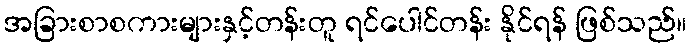
အခြားစာစကားများနှင့်တန်းတူ ရင်ပေါင်တန်း နိုင်ရန် ဖြစ်သည်။